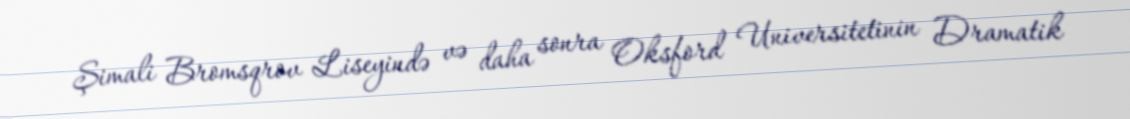
Şimali Bromsqrov Liseyində və daha sonra Oksford Universitetinin Dramatik